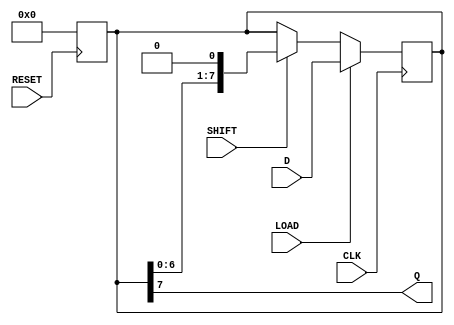
module PISO_Register #(
    parameter DATA_WIDTH = 8  // Configurable data width
)(
    input wire [DATA_WIDTH-1:0] D,    // Parallel input data
    output reg Q,                     // Serial output data
    input wire LOAD,                  // Load control signal
    input wire SHIFT,                 // Shift control signal
    input wire CLK,                   // Clock signal
    input wire RESET                  // Asynchronous reset signal
);

    // Internal register to hold the data
    reg [DATA_WIDTH-1:0] shift_reg;

    // Asynchronous reset
    always @(posedge RESET) begin
        shift_reg <= {DATA_WIDTH{1'b0}}; // Clear the register on reset
    end

    // Main process for loading and shifting the register
    always @(posedge CLK) begin
        if (LOAD) begin
            shift_reg <= D; // Load data into the register
        end else if (SHIFT) begin
            // Shift operation
            shift_reg <= {shift_reg[DATA_WIDTH-2:0], 1'b0}; // Shift left
        end
    end

    // Output the MSB of the shift register
    always @(*) begin
        Q = shift_reg[DATA_WIDTH-1]; // Output the MSB
    end

endmodule